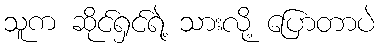
သူက ဆိုင်ရှင်ရဲ့ သားလို့ ပြောတာပဲ